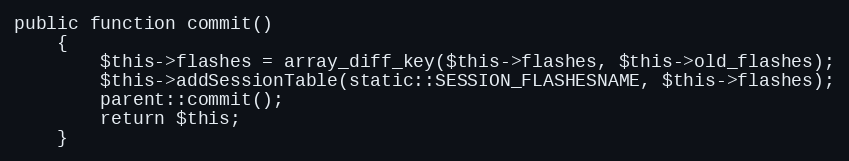
Language: PHP
public function commit()
    {
        $this->flashes = array_diff_key($this->flashes, $this->old_flashes);
        $this->addSessionTable(static::SESSION_FLASHESNAME, $this->flashes);
        parent::commit();
        return $this;
    }